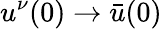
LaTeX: u^{\nu}(0)\to\bar{u}(0)